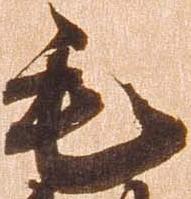
毛